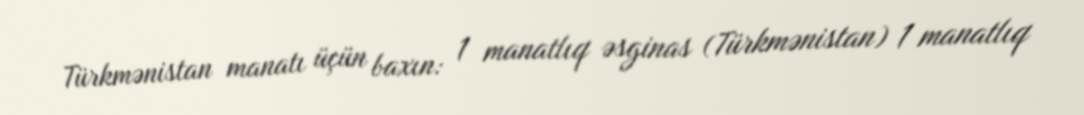
Türkmənistan manatı üçün baxın: 1 manatlıq əsginas (Türkmənistan) 1 manatlıq